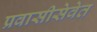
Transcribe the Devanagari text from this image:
प्रवासीसेवेत